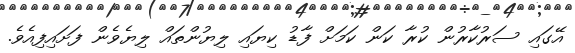
އޭގައި ސަރުކާރުން ކުރާ ކަން ކަމަށް ފާޑު ކިޔައި ލިޔުންތައް ލިޔެވެން ފަށައިފިއެވެ.